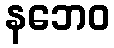
နဘေဝ